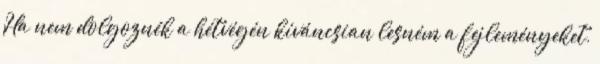
Ha nem dolgoznék a hétvégén kíváncsian lesném a fejleményeket,